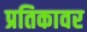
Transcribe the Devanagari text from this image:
प्रतिकावर